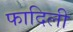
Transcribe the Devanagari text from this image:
फादिली